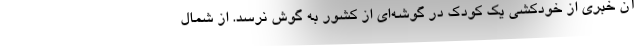
آن خبری از خودکشی یک کودک در گوشه‌ای از کشور به گوش نرسد. از شمال